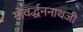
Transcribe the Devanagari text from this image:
गोवर्द्धननाथजी